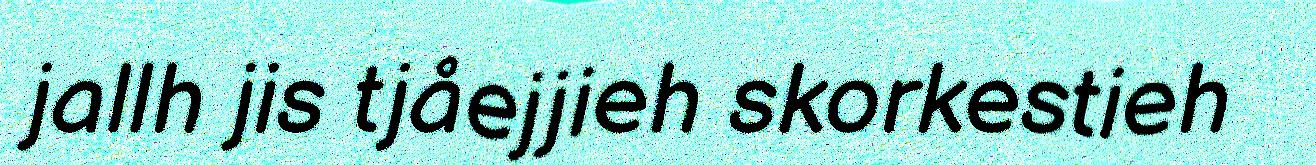
jallh jis tjåejjieh skorkestieh